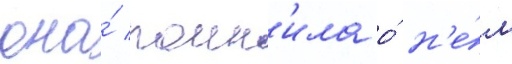
она́ помн'ила о́ н'е́м